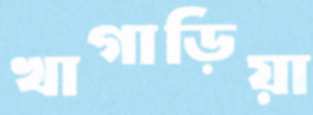
খাগাড়িয়া